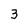
Character: 3